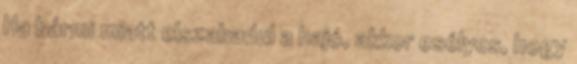
Ha bármi miatt elszabadul a hajó, akkor esélyes, hogy